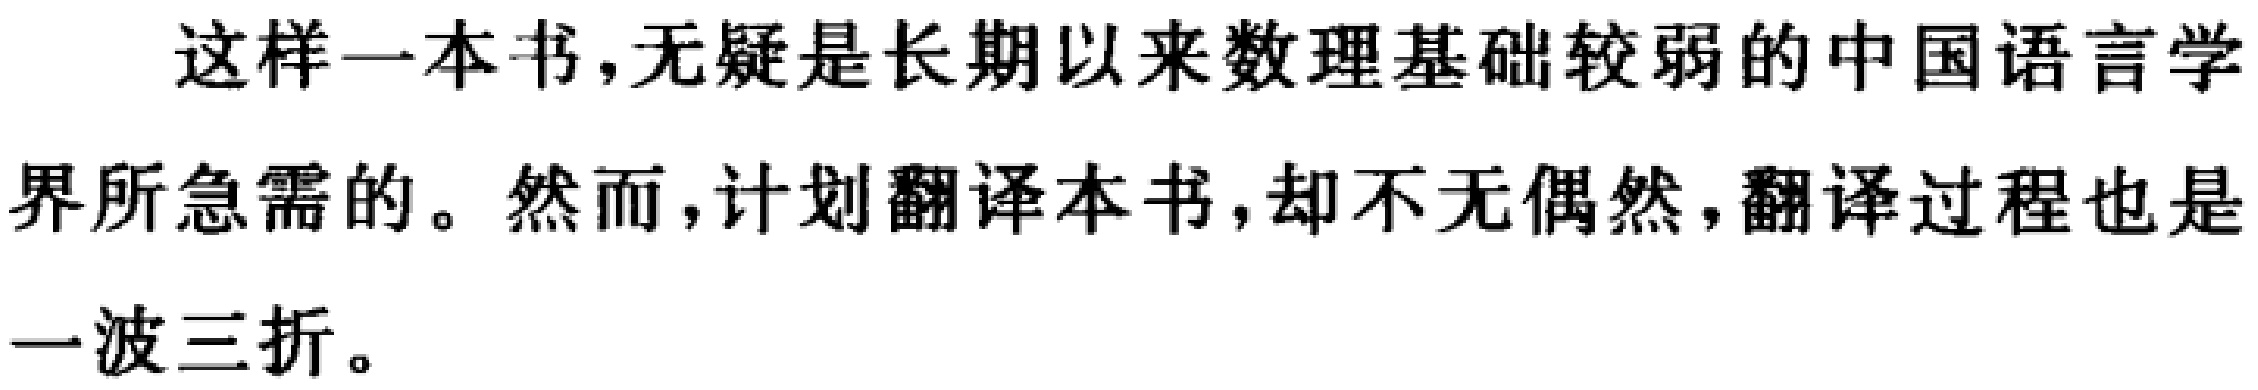
这样一本书,无疑是长期以来数理基础较弱的中国语言学
界所急需的。然而,计划翻译本书,却不无偶然,翻译过程也是
一波三折。